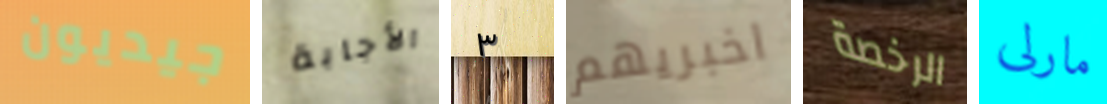
جيديون الأجابة ٣ اخبريهم الرخصة مارلى